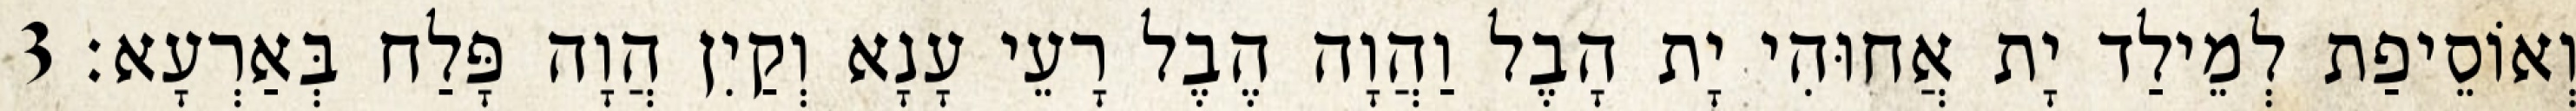
וְאוֹסֵיפַת לְמֵילַד יָת אֲחוּהִי יָת הָבֶל וַהֲוָה הֶבֶל רָעֵי עָנָא וְקַיִן הֲוָה פָּלַח בְּאַרְעָא׃ 3